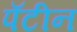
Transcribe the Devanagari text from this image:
पॅटीन